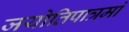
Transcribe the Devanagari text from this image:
जयोतिपात्रमां